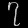
Digit: ၇